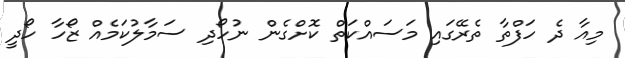
މިއާ ދެ ހަފްތާ ތެރޭގައި މަސައްކަތް ކޮށްގެން ނުހޯދި ސަމާލުކަމެއް ޒޯހާ ހޯދީ